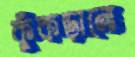
কুঁকড়ানো